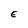
Character: E